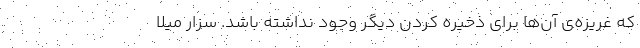
که غریزه‌ی آن‌ها برای ذخیره کردن دیگر وجود نداشته باشد. سزار میلا